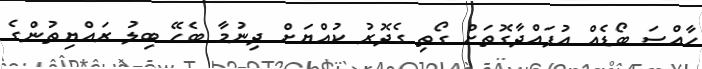
ހާއްސަ ބޯޑެއް އުފައްދާގޮތަށް ގޯތި ގެދޮރު ކުއްޔަށް ދިނުމާ ބެހޭ ބިލު ރައްޔިތުންގެ